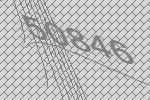
50846